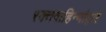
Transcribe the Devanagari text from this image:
रक्तवाहिन्यांद्वारे